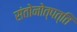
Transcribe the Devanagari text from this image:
संतोनोत्पत्ति